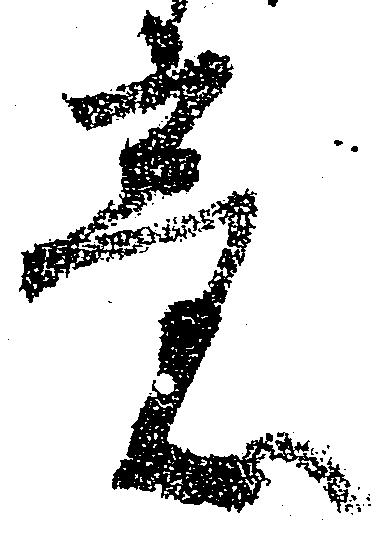
意